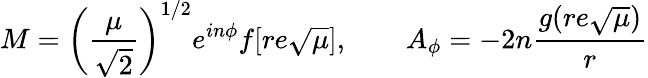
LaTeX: M=\left(\frac{\mu}{\sqrt{2}}\right)^{1/2}e^{in\phi}f[re\sqrt{\mu}],\qquad A_{\phi}=-2n\frac{g(re\sqrt{\mu})}{r}